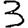
Digit: 3